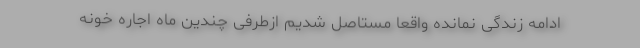
ادامه زندگی نمانده واقعاً مستاصل شدیم ازطرفی چندین ماه اجاره خونه